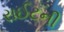
રાઈટની